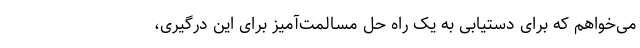
می‌خواهم که برای دستیابی به یک راه حل مسالمت‌آمیز برای این درگیری،